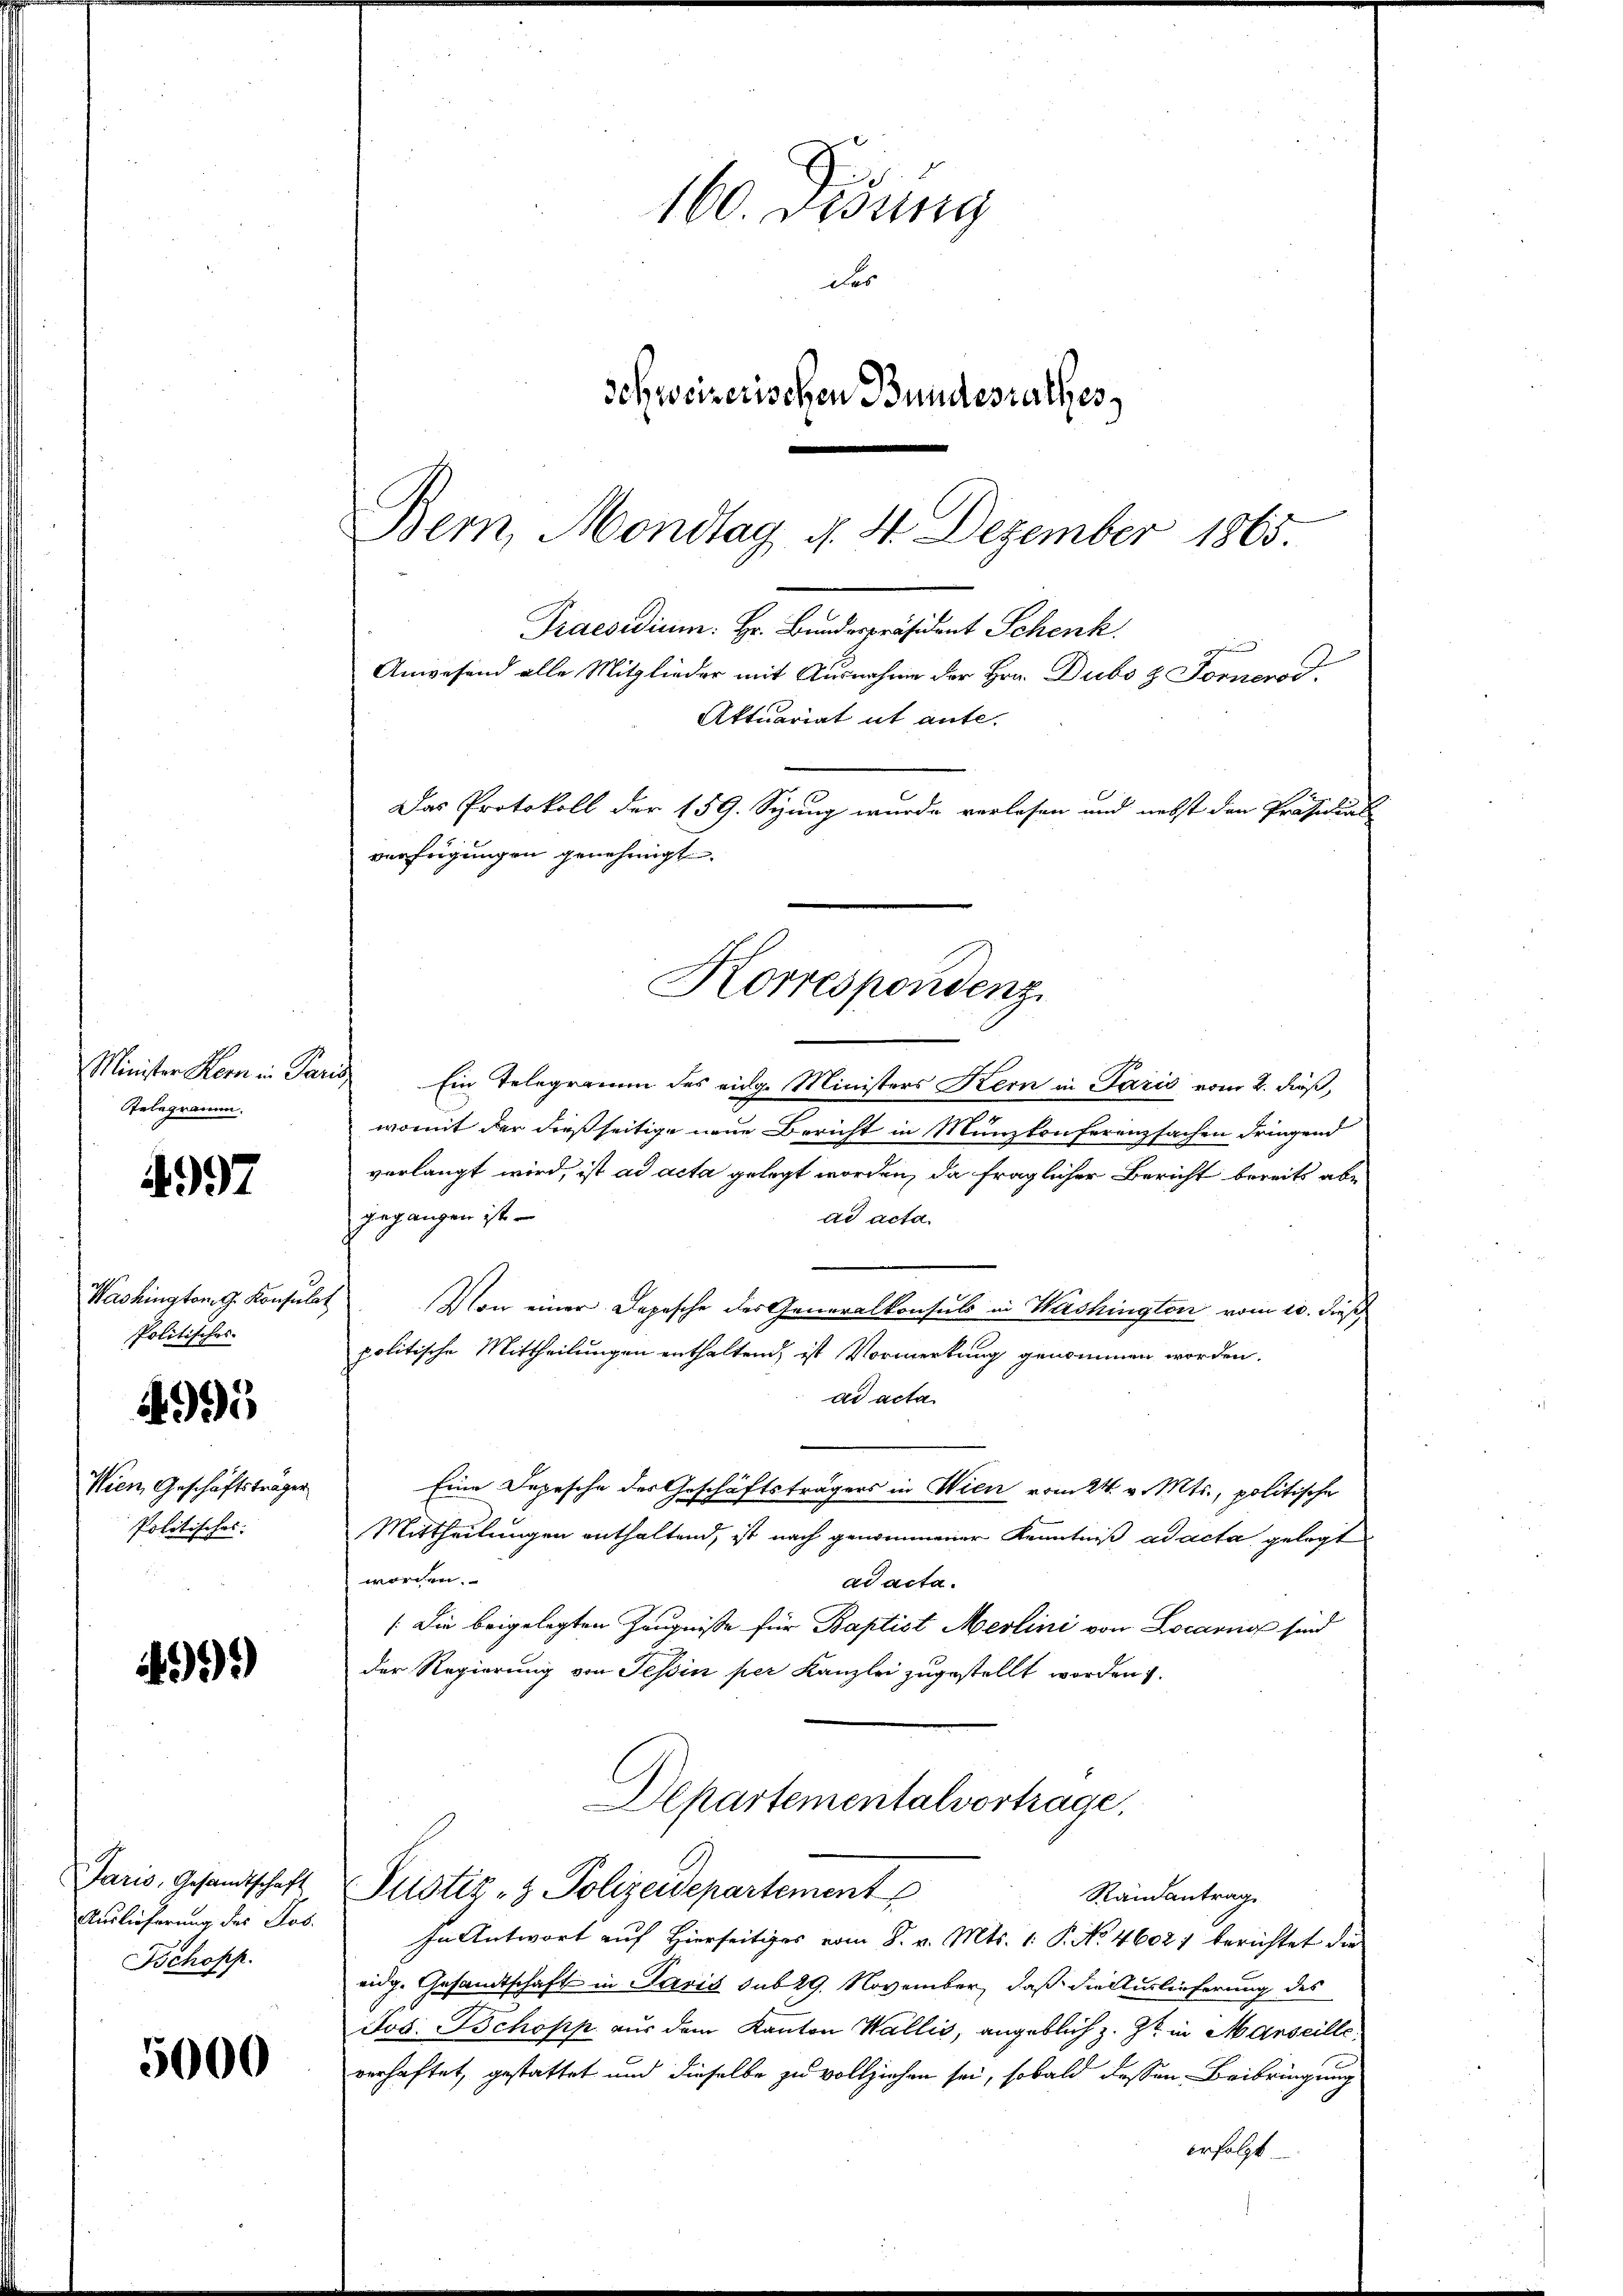
Minister Korn in Par
Gelegramm.

997

Washington G. Konsula
Politisches

14995

Wien, Geschäftstragen
Politisches:

99)

Jaris, Gesandtschaft
Auslieferung des Jos.
Jichopp.

5000

160. Didung
der
schweizerischen Bundesrathes

Bern, Mondtag d. 4. Dezember 1865
Das Protokoll der 159. Syung wurde verlesen und nebst den Präsidial
verfügungen genehmigt.
Korrespondenz.

Praesidium. Hr. Bundespräsident Schenk
Anwesend alle Mitglieder mit Ausnahme der Hrn. Dubs & Forners d.

Aktuariat ut ante-

Ein Telegramm des eidg. Ministers Kern in Paris vom 2. dieß,
womit der dießseitige neue Bericht in Münzkonferenzsachen dringend
verlangt wird, ist ad acta gelegt worden, da fraglicher Bericht bereits abe
gegangen ist. —
ad acta.
Von einer Depesche des Generalkonsuls in Washington vom 10. dieß,
politische Mittheilungen enthaltend, ist Vormerkung genommen worden.
ad acta
Eine Depesche des Geschäftsträgers in Wien vom 24. v. Mts., politische
Mittheilungen enthaltend, ist nach genommener Kenntniß ad acta gelegt
worden.
ad acta.
[Die beigelegten Zeugnisse für Baptist Merlini von Locarno sind
der Regierung von Tessin per Kanzlei zugestellt worden.
Departementalvortrage,
Ristiz- & Polizeidepartement
Randantrag
In Antwort auf Hierseitiges vom 8. v. Mts. 1. P. No. 4602) berichtet die
eidg. Gesandtschaft in Paris sub 29. November, daß die Auslieferung des
Jos. Schopp aus dem Kanton Wallis, angeblich z. Zt. in Marseille
verhaftet, gestattet und dieselbe zu vollziehen sei, sobald dessen Beibringung
erfolgt